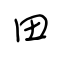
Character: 田